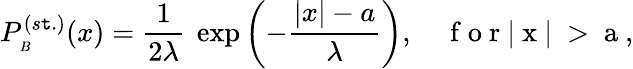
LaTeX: P_{_B}^{(s\mathtt{t}.)}(x)=\frac{{1}}{{2\lambda}}\ \exp{\left(-\frac{{|x|-a}}{{\lambda}}\right)},\quad\mathrm{{~f~o~r~|~x~|~>~a~}},